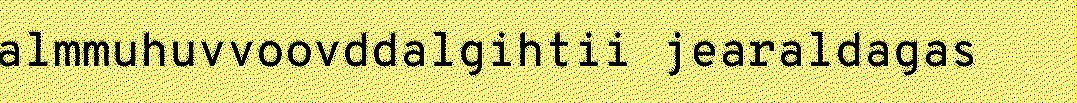
almmuhuvvoovddalgihtii jearaldagas